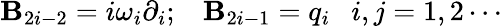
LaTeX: \mathbf{B}_{2i-2}=i\omega_{i}\partial_{i};\; \; \; \mathbf{B}_{2i-1}=q_{i}\ \ \ i,j=1,2\cdots